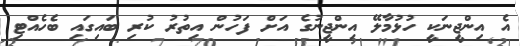
އެ އިންޖީނަކީ ހުޅުމާލޭ އިންޖީނުގެ އަށް ފަހުން އިތުރު ކުރި ބައިގައި ބެހެއްޓި